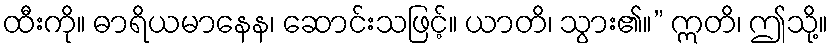
ထီးကို။ ဓာရိယမာနေန၊ ဆောင်းသဖြင့်။ ယာတိ၊ သွား၏။” ဣတိ၊ ဤသို့။